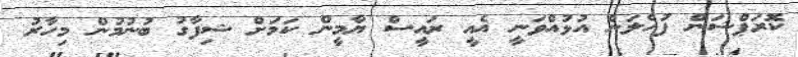
ކޮރަޕްޝަން ފުހެލަން އުޅުއްވަނީ އެއީ ރައީސް ޔާމީން ކަމަށް ޝިފާގު ބުނުމުން މިހާރު